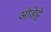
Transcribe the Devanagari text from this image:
ओडेट्टे